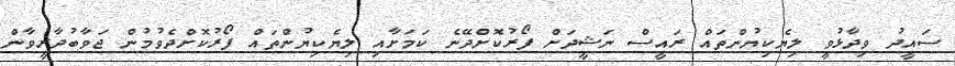
ސައީދު ވިދާޅުވީ ލިޔެކިޔުންތައް ރައީސް ނަޝީދަށް ފޯރުކޮށްދޭނެ ކަަމަށާއި ލިޔެކިޔުންތައް ފޯރުކޮށްދެވުމުން ޖަވާބުދާރީވާން